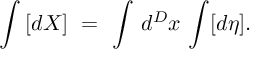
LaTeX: \int \, [ d X ] \, \, = \, \, \int \, d ^ { D } x \, \int [ d \eta ] .